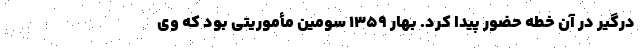
درگیر در آن خطه حضور پیدا کرد. بهار 1359 سومین مأموریتی بود که وی